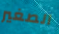
الصغير